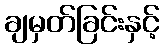
ချမှတ်ခြင်းနှင့်